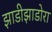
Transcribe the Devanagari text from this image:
झाडीझाडोरा